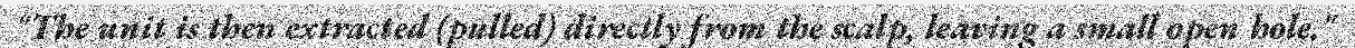
"The unit is then extracted (pulled) directly from the scalp, leaving a small open hole."